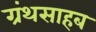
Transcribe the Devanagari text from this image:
ग्रंथसाहब